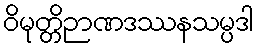
ဝိမုတ္တိဉာဏဒဿနသမ္ပဒါ